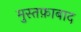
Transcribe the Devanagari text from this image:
मुस्तफ़ाबाद